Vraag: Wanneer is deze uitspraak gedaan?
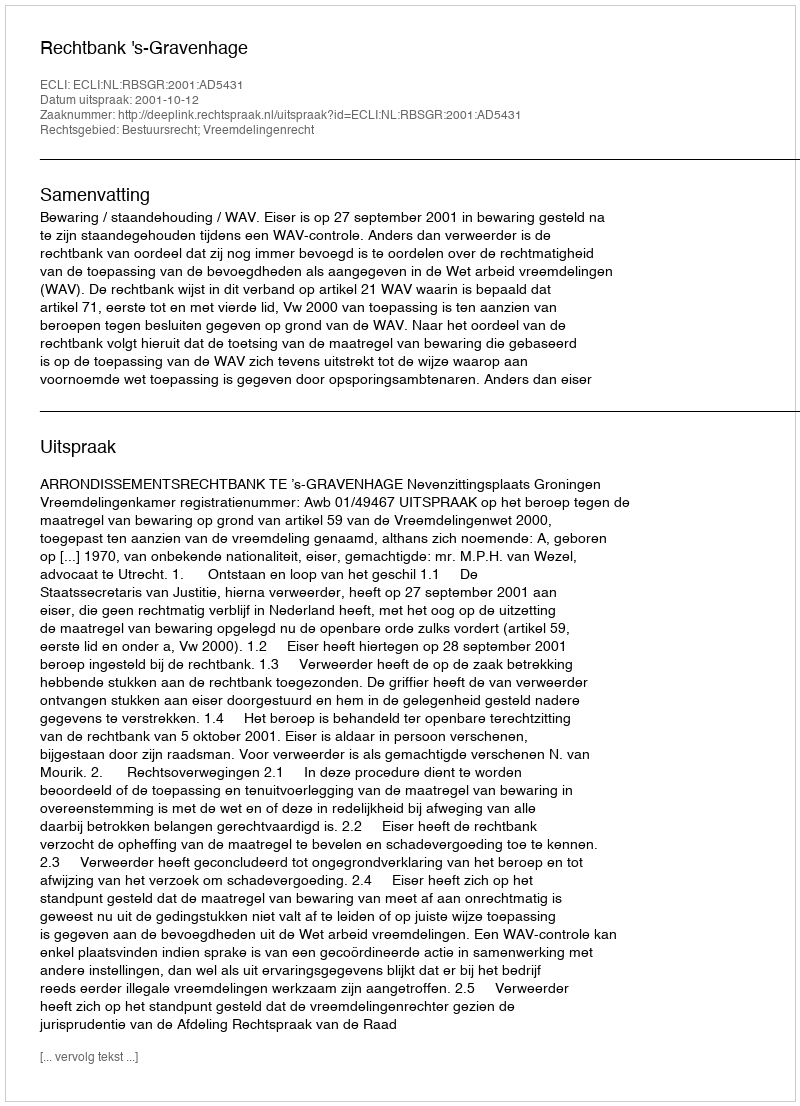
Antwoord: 2001-10-12